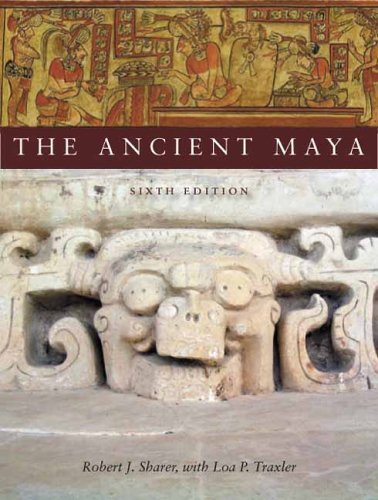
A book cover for The Ancient Maya, 6th Edition; Robert Sharer; History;